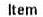
ITEM